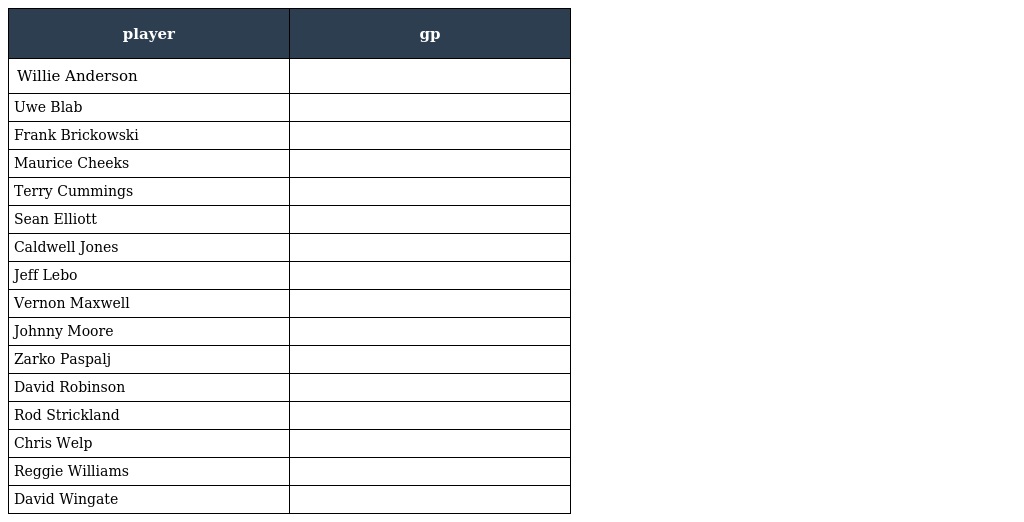
| player | gp |
 | --- | --- |
 | Willie Anderson |  |
 | Uwe Blab |  |
 | Frank Brickowski |  |
 | Maurice Cheeks |  |
 | Terry Cummings |  |
 | Sean Elliott |  |
 | Caldwell Jones |  |
 | Jeff Lebo |  |
 | Vernon Maxwell |  |
 | Johnny Moore |  |
 | Zarko Paspalj |  |
 | David Robinson |  |
 | Rod Strickland |  |
 | Chris Welp |  |
 | Reggie Williams |  |
 | David Wingate |  |